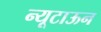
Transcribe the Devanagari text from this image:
न्यूटाऊन